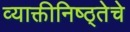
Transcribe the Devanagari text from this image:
व्याक्तीनिष्ठ्तेचे